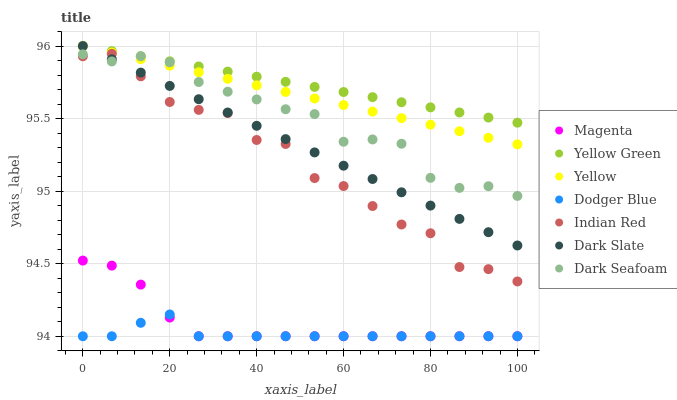
| xaxis_label | Magenta | Yellow Green | Yellow | Dodger Blue | Indian Red | Dark Slate | Dark Seafoam |
 | --- | --- | --- | --- | --- | --- | --- | --- |
 | 0 | 94.5 | 96 | 96 | 94 | 95.9 | 96 | 95.9 |
 | 6.67 | 94.5 | 96 | 96 | 94 | 95.9 | 95.9 | 95.9 |
 | 13.3 | 94.4 | 95.9 | 95.9 | 94.1 | 95.8 | 95.8 | 95.9 |
 | 20 | 94.1 | 95.9 | 95.9 | 94.2 | 95.6 | 95.7 | 95.9 |
 | 26.7 | 94 | 95.9 | 95.8 | 94 | 95.6 | 95.6 | 95.8 |
 | 33.3 | 94 | 95.8 | 95.8 | 94 | 95.5 | 95.5 | 95.7 |
 | 40 | 94 | 95.8 | 95.7 | 94 | 95.4 | 95.5 | 95.6 |
 | 46.7 | 94 | 95.8 | 95.7 | 94 | 95.3 | 95.4 | 95.6 |
 | 53.3 | 94 | 95.7 | 95.6 | 94 | 95.1 | 95.3 | 95.5 |
 | 60 | 94 | 95.7 | 95.6 | 94 | 95 | 95.2 | 95.3 |
 | 66.7 | 94 | 95.6 | 95.5 | 94 | 94.9 | 95.1 | 95.4 |
 | 73.3 | 94 | 95.6 | 95.5 | 94 | 94.8 | 95 | 95.3 |
 | 80 | 94 | 95.6 | 95.5 | 94 | 94.7 | 94.9 | 95.1 |
 | 86.7 | 94 | 95.5 | 95.4 | 94 | 94.5 | 94.8 | 95 |
 | 93.3 | 94 | 95.5 | 95.4 | 94 | 94.5 | 94.7 | 95 |
 | 100 | 94 | 95.5 | 95.3 | 94 | 94.4 | 94.6 | 95 |